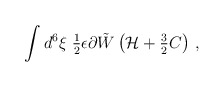
\begin{align*}\int d^{6}\xi \ {\textstyle\frac{1}{2}} \epsilon \partial\tilde W\left( {\cal H} +{\textstyle\frac{3}{2}}C\right) \, ,\end{align*}